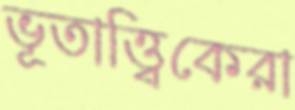
ভূতাত্ত্বিকেরা